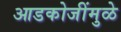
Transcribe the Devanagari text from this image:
आडकोजींमुळे